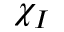
\chi _ { I }